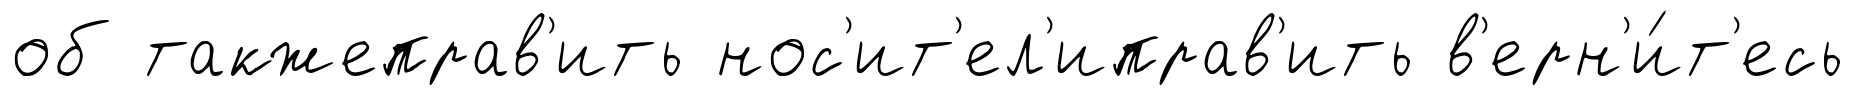
об такжеправ'ить нос'ит'ел'иправ'ить в'ерн'и́т'есь